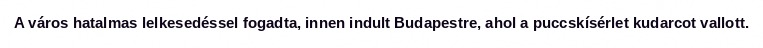
A város hatalmas lelkesedéssel fogadta, innen indult Budapestre, ahol a puccskísérlet kudarcot vallott.